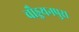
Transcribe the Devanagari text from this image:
चौड्डयनपुरा